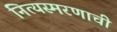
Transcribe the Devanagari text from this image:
नित्यस्मरणाची